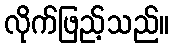
လိုက်ဖြည့်သည်။